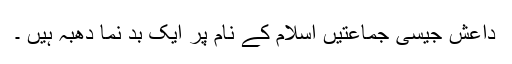
داعش جیسی جماعتیں اسلام کے نام پر ایک بد نما دھبہ ہیں ۔